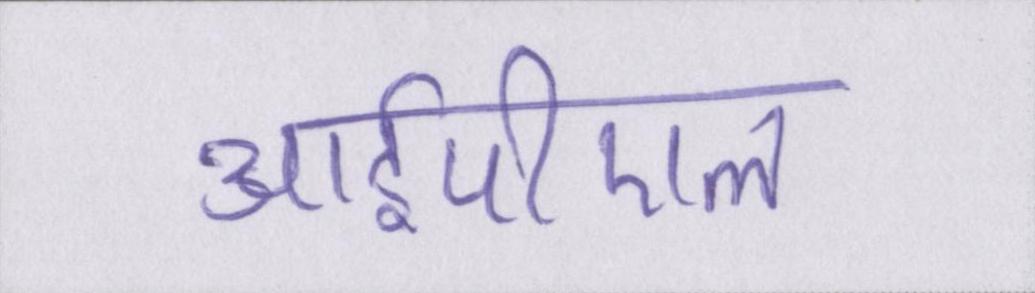
आईपीएल